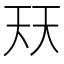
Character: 𭑈